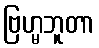
ဗြဟ္မဘူတာ